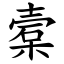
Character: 槖